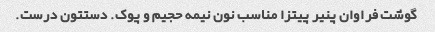
گوشت فراوان پنیر پیتزا مناسب نون نیمه حجیم و پوک. دستتون درست.